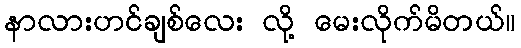
နာလားဟင်ချစ်လေး လို့ မေးလိုက်မိတယ်။